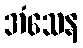
အံသေန